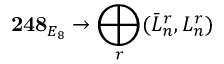
{ \bf 2 4 8 } _ { E _ { 8 } } \rightarrow \bigoplus _ { r } ( \bar { L } _ { n } ^ { r } , L _ { n } ^ { r } )